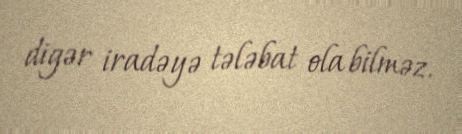
digər iradəyə tələbat ola bilməz.